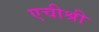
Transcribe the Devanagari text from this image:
एचीश्री